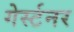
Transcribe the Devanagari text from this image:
गेर्स्टनर